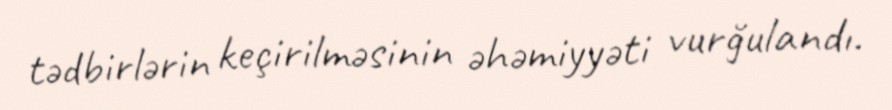
tədbirlərin keçirilməsinin əhəmiyyəti vurğulandı.